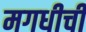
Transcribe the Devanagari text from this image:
मगधीची